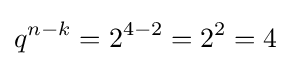
q^{n-k}=2^{4-2}=2^{2}=4